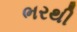
ભરથી